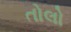
તોલો